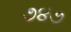
૭૪૭